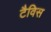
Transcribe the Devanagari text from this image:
टैविस